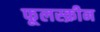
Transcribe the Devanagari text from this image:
फूलस्क्रीन